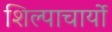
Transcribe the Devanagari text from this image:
शिल्पाचार्यो